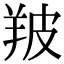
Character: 𦍷